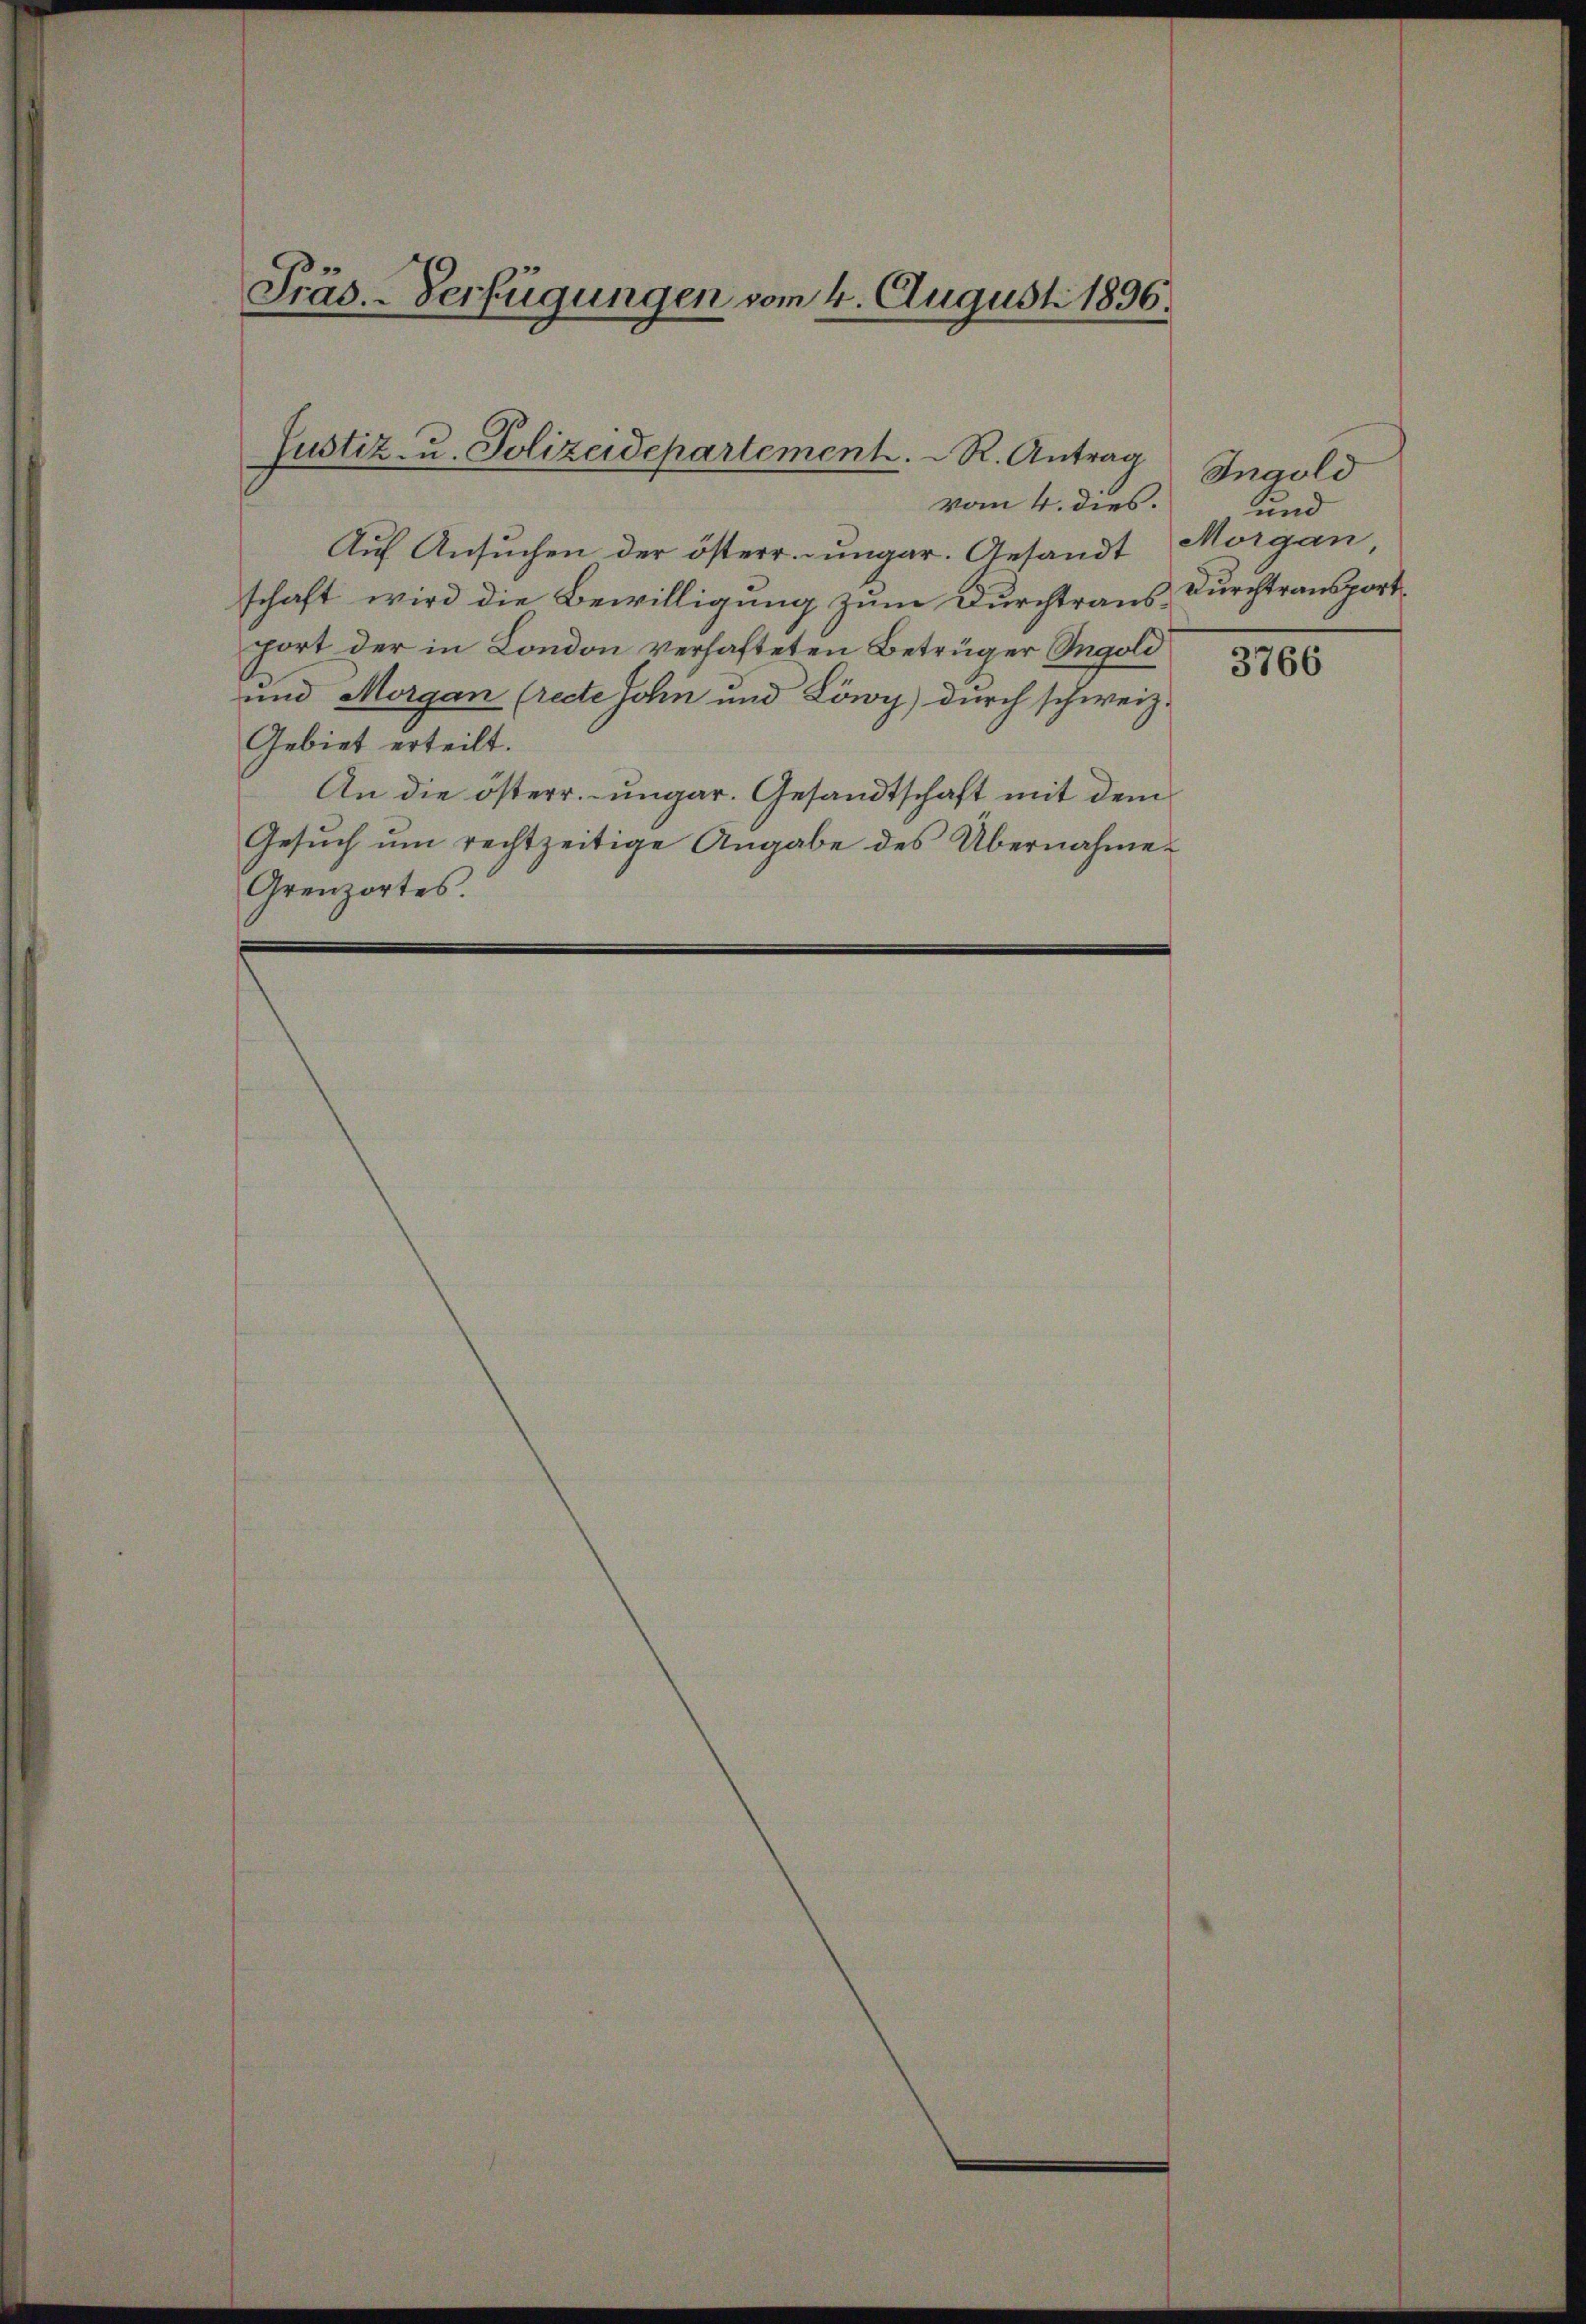
Präs. - Verfügungen vom 4. August 1896.

Justiz- u. Polizeidepartement. R. Antrag

vom 4. dies.
Auf Ansuchen der österr. ungar. Gesandt
schaft wird die Bewilligung zum Durchtrausport der in London verhafteten Betrüger Ingold
und Morgan (recte John und Löwy) durch schweiz.
Gebiet erteilt.
An die österr.-ungar. Gesandtschaft mit dem
Gesŭch ŭm rechtzeitige Angabe des Übernahme
Grenzortes.

Ingold
und
Morgan
Durchtransport.

3766